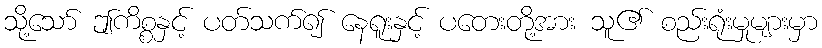
သို့သော် ဤကိစ္စနှင့် ပတ်သက်၍ နေရူးနှင့် ပတေးတို့အား သူ၏ စည်းရုံးမှုများမှာ